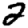
Digit: 2